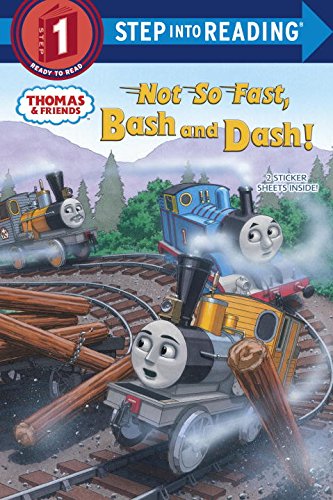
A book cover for Not So Fast, Bash and Dash! (Thomas & Friends) (Step into Reading); Rev. W. Awdry; Children's Books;